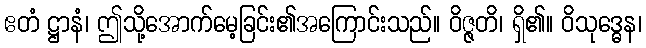
ဧတံ ဋ္ဌာနံ၊ ဤသို့အောက်မေ့ခြင်း၏အကြောင်းသည်။ ဝိဇ္ဇတိ၊ ရှိ၏။ ဝိသုဒ္ဓေန၊